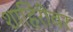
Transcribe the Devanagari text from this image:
शाहिरीवर